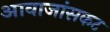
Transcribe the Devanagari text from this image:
आवाजांसकट